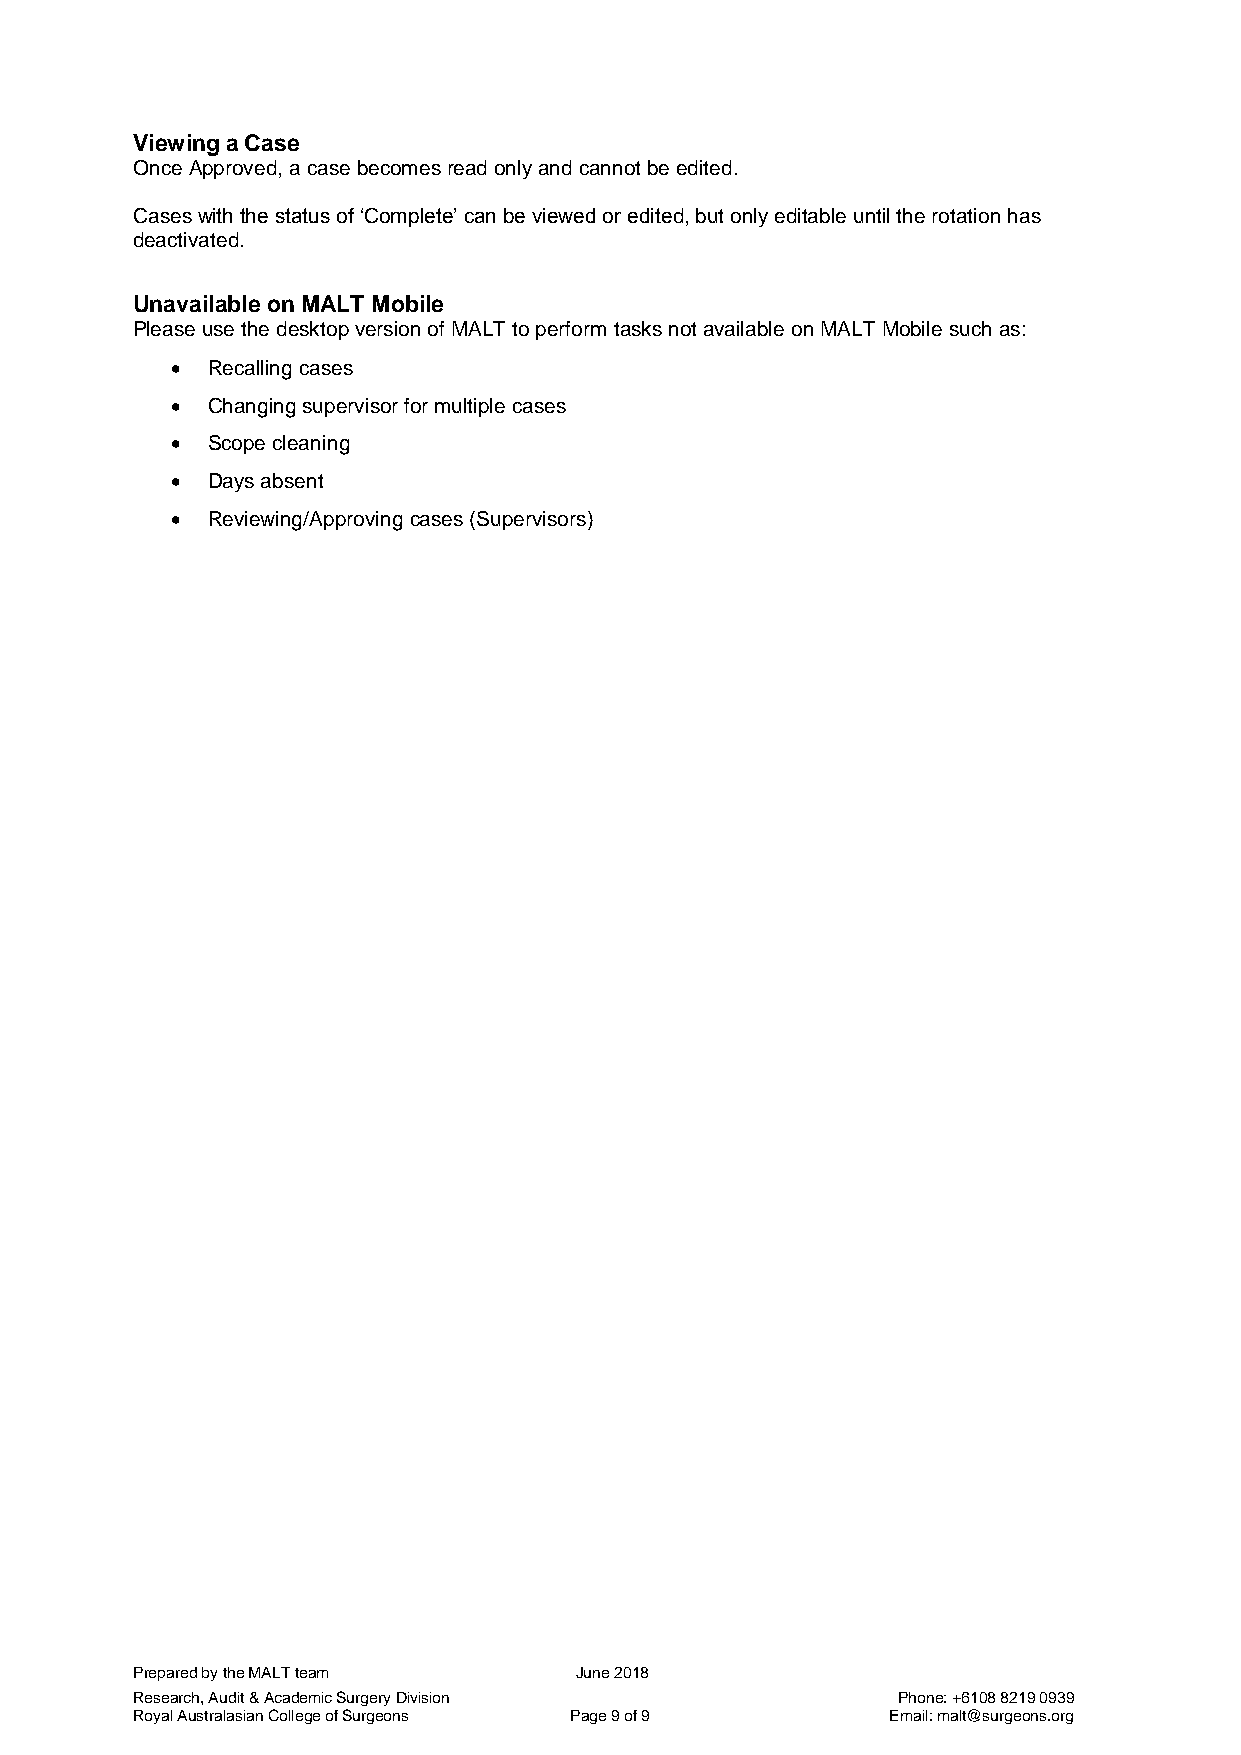
Viewing a Case
 Once Approved, a case becomes read only and cannot be edited.
 Cases with the status of ‘Complete’ can be viewed or edited, but only editable until the rotation has
 deactivated.
 Unavailable on MALT Mobile
 Please use the desktop version of MALT to perform tasks not available on MALT Mobile such as:
   Recalling cases
   Changing supervisor for multiple cases
   Scope cleaning
   Days absent
   Reviewing/Approving cases (Supervisors)
 Prepared by the MALT team    June 2018
 Research, Audit & Academic Surgery Division       Phone: +6108 8219 0939
 Royal Australasian College of Surgeons Page 9 of 9 Email: malt@surgeons.org